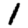
Digit: 1